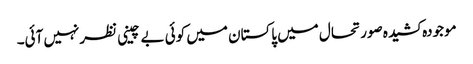
موجودہ کشیدہ صورتحال میں پاکستان میں کوئی بے چینی نظرنہیں آئی۔